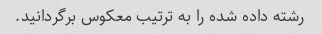
رشته داده شده را به ترتیب معکوس برگردانید.